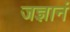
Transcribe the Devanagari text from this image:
जज्ञानं